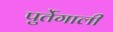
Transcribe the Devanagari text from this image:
पुर्तेगाली